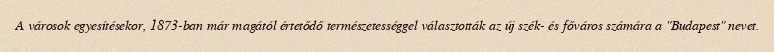
A városok egyesítésekor, 1873-ban már magától értetődő természetességgel választották az új szék- és főváros számára a "Budapest" nevet.